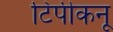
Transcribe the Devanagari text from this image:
टिपीकनू